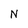
Character: N